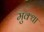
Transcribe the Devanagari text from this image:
मुक्था